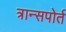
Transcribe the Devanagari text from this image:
त्रान्सपोर्त